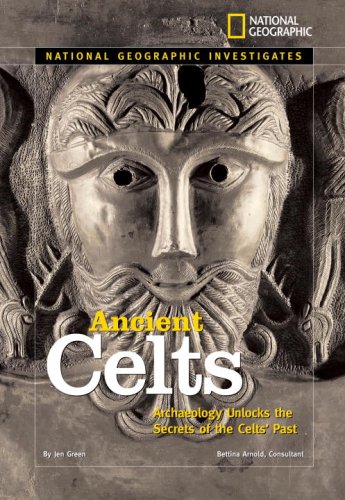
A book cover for National Geographic Investigates: Ancient Celts: Archaeology Unlocks the Secrets of the Celts' Past; Jen Green; Children's Books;